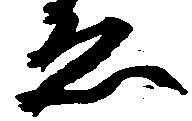
ゑ